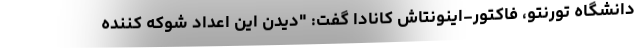
دانشگاه تورنتو، فاکتور-اینونتاش کانادا گفت: "دیدن این اعداد شوکه کننده